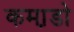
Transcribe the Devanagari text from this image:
कमा़डो